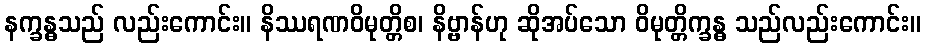
နက္ခန္ဓသည် လည်းကောင်း။ နိဿရဏဝိမုတ္တိစ၊ နိဗ္ဗာန်ဟု ဆိုအပ်သော ဝိမုတ္တိက္ခန္ဓ သည်လည်းကောင်း။